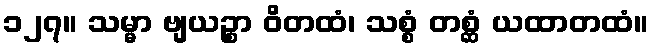
၁၂၇။ သမ္မာ ဗျယဉ္စာ ဝိတထံ၊ သစ္စံ တစ္ဆံ ယထာတထံ။